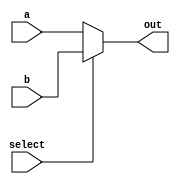
module mux_2to1 (
    input wire a,
    input wire b,
    input wire select,
    output wire out
);

    assign out = select ? b : a;

endmodule